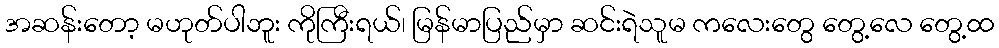
အဆန်းတော့ မဟုတ်ပါဘူး ကိုကြီးရယ်၊ မြန်မာပြည်မှာ ဆင်းရဲသူမ ကလေးတွေ တွေ့လေ တွေ့ထ